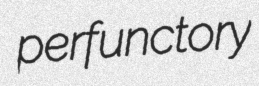
perfunctory